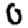
Digit: 0